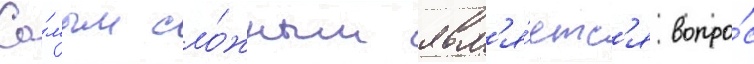
Са́мым сло́жным явл'я́етс'я вопро́с